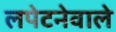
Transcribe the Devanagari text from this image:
लपेटनेवाले